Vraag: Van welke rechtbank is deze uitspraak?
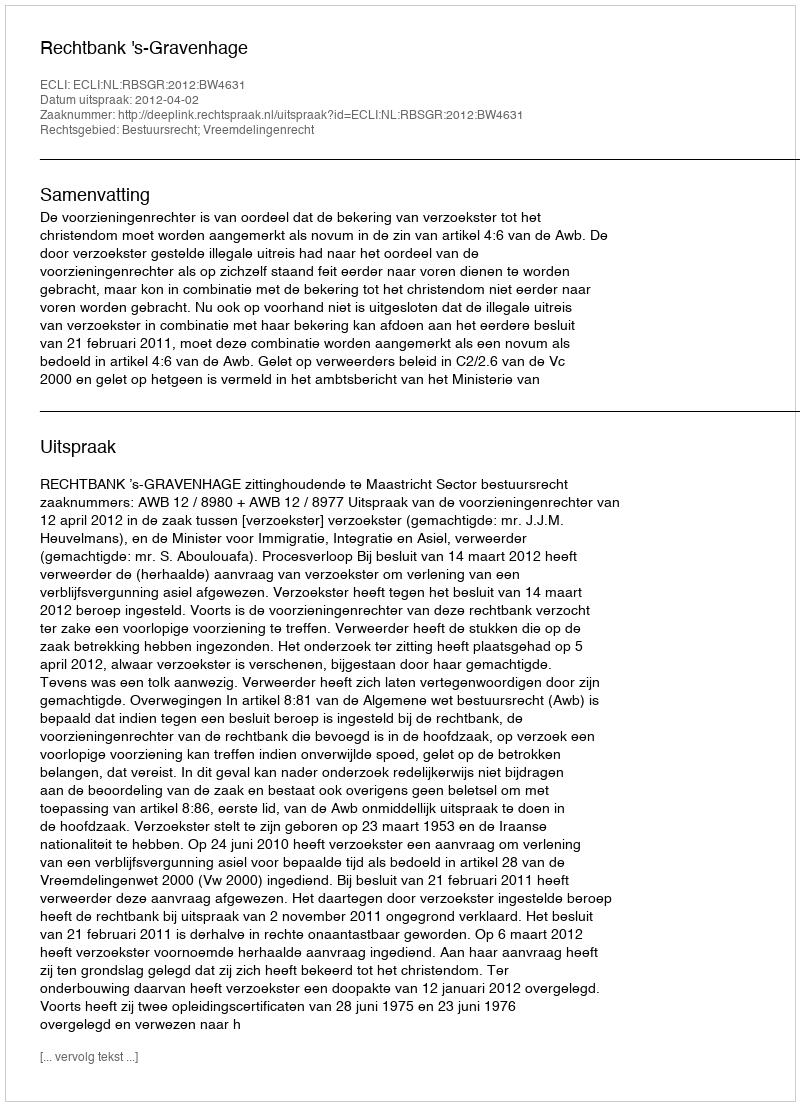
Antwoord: Rechtbank 's-Gravenhage